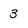
Character: 3